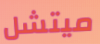
ميتشل